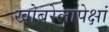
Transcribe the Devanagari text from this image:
खोबरेलापेक्षां